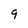
Character: 9